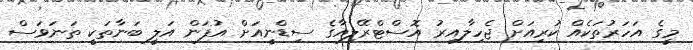
މީގެ އަހަރުތަކެއް ކުރިއަށް ޖެހިލާއިރު އޮސްޓްރޭލިއާގެ ސިޑްނީއަށް އުފަން އަލީ ބަނާތަކީ ތަނަވަސް